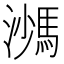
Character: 𩣠